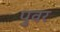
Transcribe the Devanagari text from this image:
पुवर